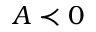
A \prec 0